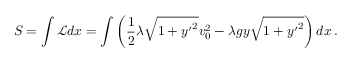
S = \int \mathcal { L } d x = \int \left( \frac { 1 } { 2 } \lambda \sqrt { 1 + { y ^ { \prime } } ^ { 2 } } v _ { 0 } ^ { 2 } - \lambda g y \sqrt { 1 + { y ^ { \prime } } ^ { 2 } } \right) d x \, .